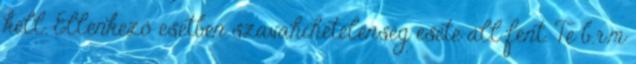
kell. Ellenkező esetben szavahihetelenség esete áll fent. Te b.r.m